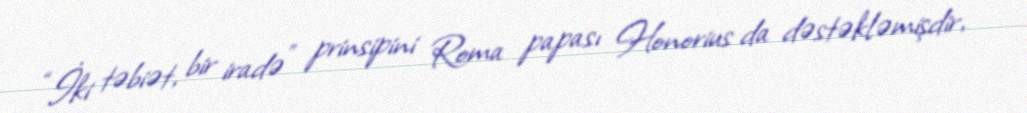
“İki təbiət, bir iradə” prinsipini Roma papası Honorius da dəstəkləmişdir,